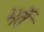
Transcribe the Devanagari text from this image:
भर्ते